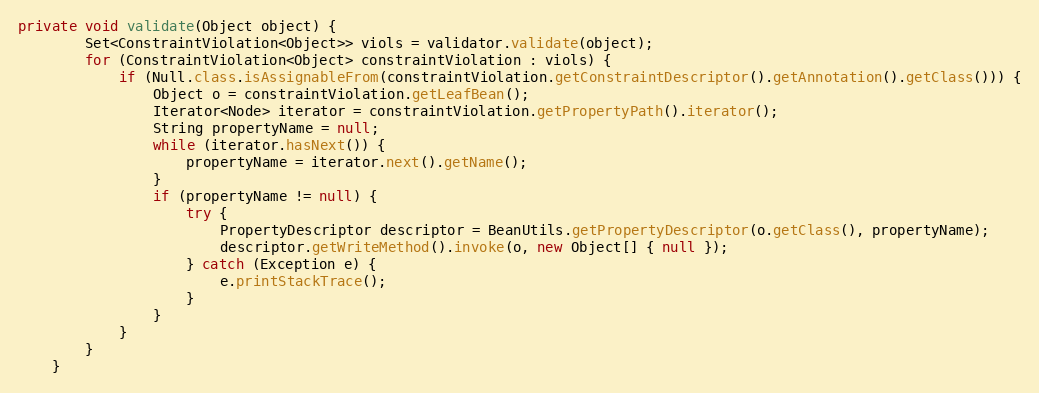
Language: Java
private void validate(Object object) {
		Set<ConstraintViolation<Object>> viols = validator.validate(object);
		for (ConstraintViolation<Object> constraintViolation : viols) {
			if (Null.class.isAssignableFrom(constraintViolation.getConstraintDescriptor().getAnnotation().getClass())) {
				Object o = constraintViolation.getLeafBean();
				Iterator<Node> iterator = constraintViolation.getPropertyPath().iterator();
				String propertyName = null;
				while (iterator.hasNext()) {
					propertyName = iterator.next().getName();
				}
				if (propertyName != null) {
					try {
						PropertyDescriptor descriptor = BeanUtils.getPropertyDescriptor(o.getClass(), propertyName);
						descriptor.getWriteMethod().invoke(o, new Object[] { null });
					} catch (Exception e) {
						e.printStackTrace();
					}
				}
			}
		}
	}